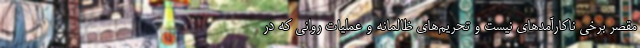
مقصر برخی ناکارآمدهای نیست و تحریم‌های ظالمانه و عملیات روانی که در